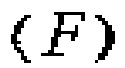
\((F)\)